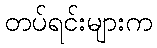
တပ်ရင်းများက